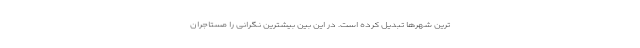
ترین شهرها تبدیل کرده است. در این بین بیشترین نگرانی را مستاجران